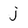
Character: j